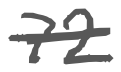
Text: 72
Cross-out: single-line
Writing tool: digital_gray